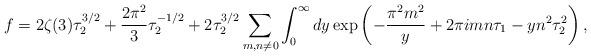
LaTeX: \begin{align*} f=2\zeta(3)\tau_2^{3/2} + {2\pi^{2}\over 3}\tau_2^{-1/2} +2\tau_2^{3/2}\sum_{m,n\neq 0}\int_0^{\infty}dy \exp\left(-{\pi^2 m^2\over y}+2\pi i m n\tau_1 - yn^2 \tau_2^2\right),\end{align*}